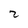
Character: 2